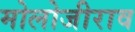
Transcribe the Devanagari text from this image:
मोलोजीराव